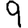
Digit: 9